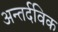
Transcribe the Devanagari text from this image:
अन्तर्दविक